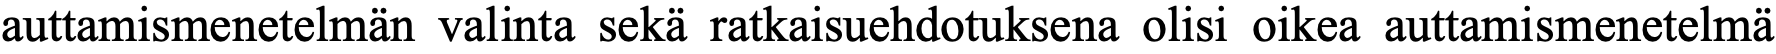
auttamismenetelmän valinta sekä ratkaisuehdotuksena olisi oikea auttamismenetelmä